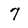
Character: 7